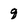
Character: g